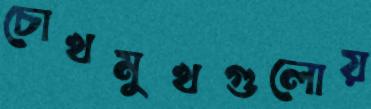
চোখমুখগুলোয়